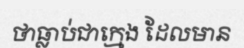
ថាធ្លាប់ជាក្មេង ដែលមាន